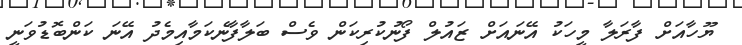
ޔޫހާއަށް ފާރަލާ މީހަކު އޭނައަށް ޒައުލް ފޯނުކުރިކަން ވެސް ބަލާފާނެކަމާއިމެދު އޭނަ ކަންބޮޑުވަނީ